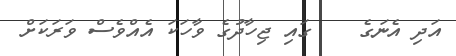
އަދި އެނަގެ    ގައި ޖިހާދުގެ ވާހަކަ އެއްވެސް ވަރަކަށް